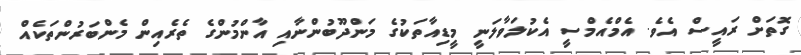
ގޮތަށް ރައީސް އެވެ. އެމްއެމްސީ އެކުލަވާލަނީ މީޑިއާތަކުގެ މަންދޫބުންނާއި އާންމުންގެ ތެރެއިން މެންބަރުންތަކެއް